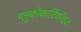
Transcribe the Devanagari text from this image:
ग्लूकोकार्टिकॉइड